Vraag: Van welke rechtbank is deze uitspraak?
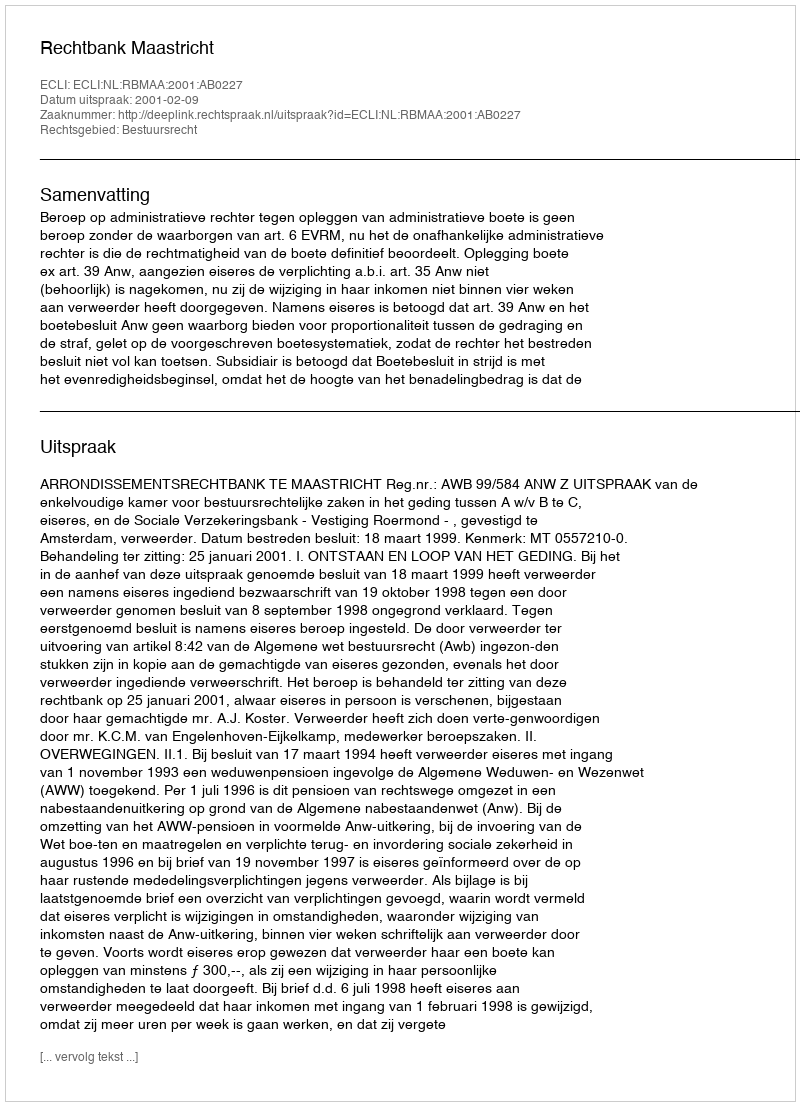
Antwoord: Rechtbank Maastricht